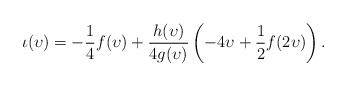
\begin{align*}\iota(\upsilon) = -\frac{1}{4}f(\upsilon) + \frac{h(\upsilon)}{4g(\upsilon)}\left(-4\upsilon + \frac 12 f(2\upsilon)\right).\end{align*}